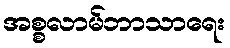
အစ္စလာမ်ဘာသာရေး